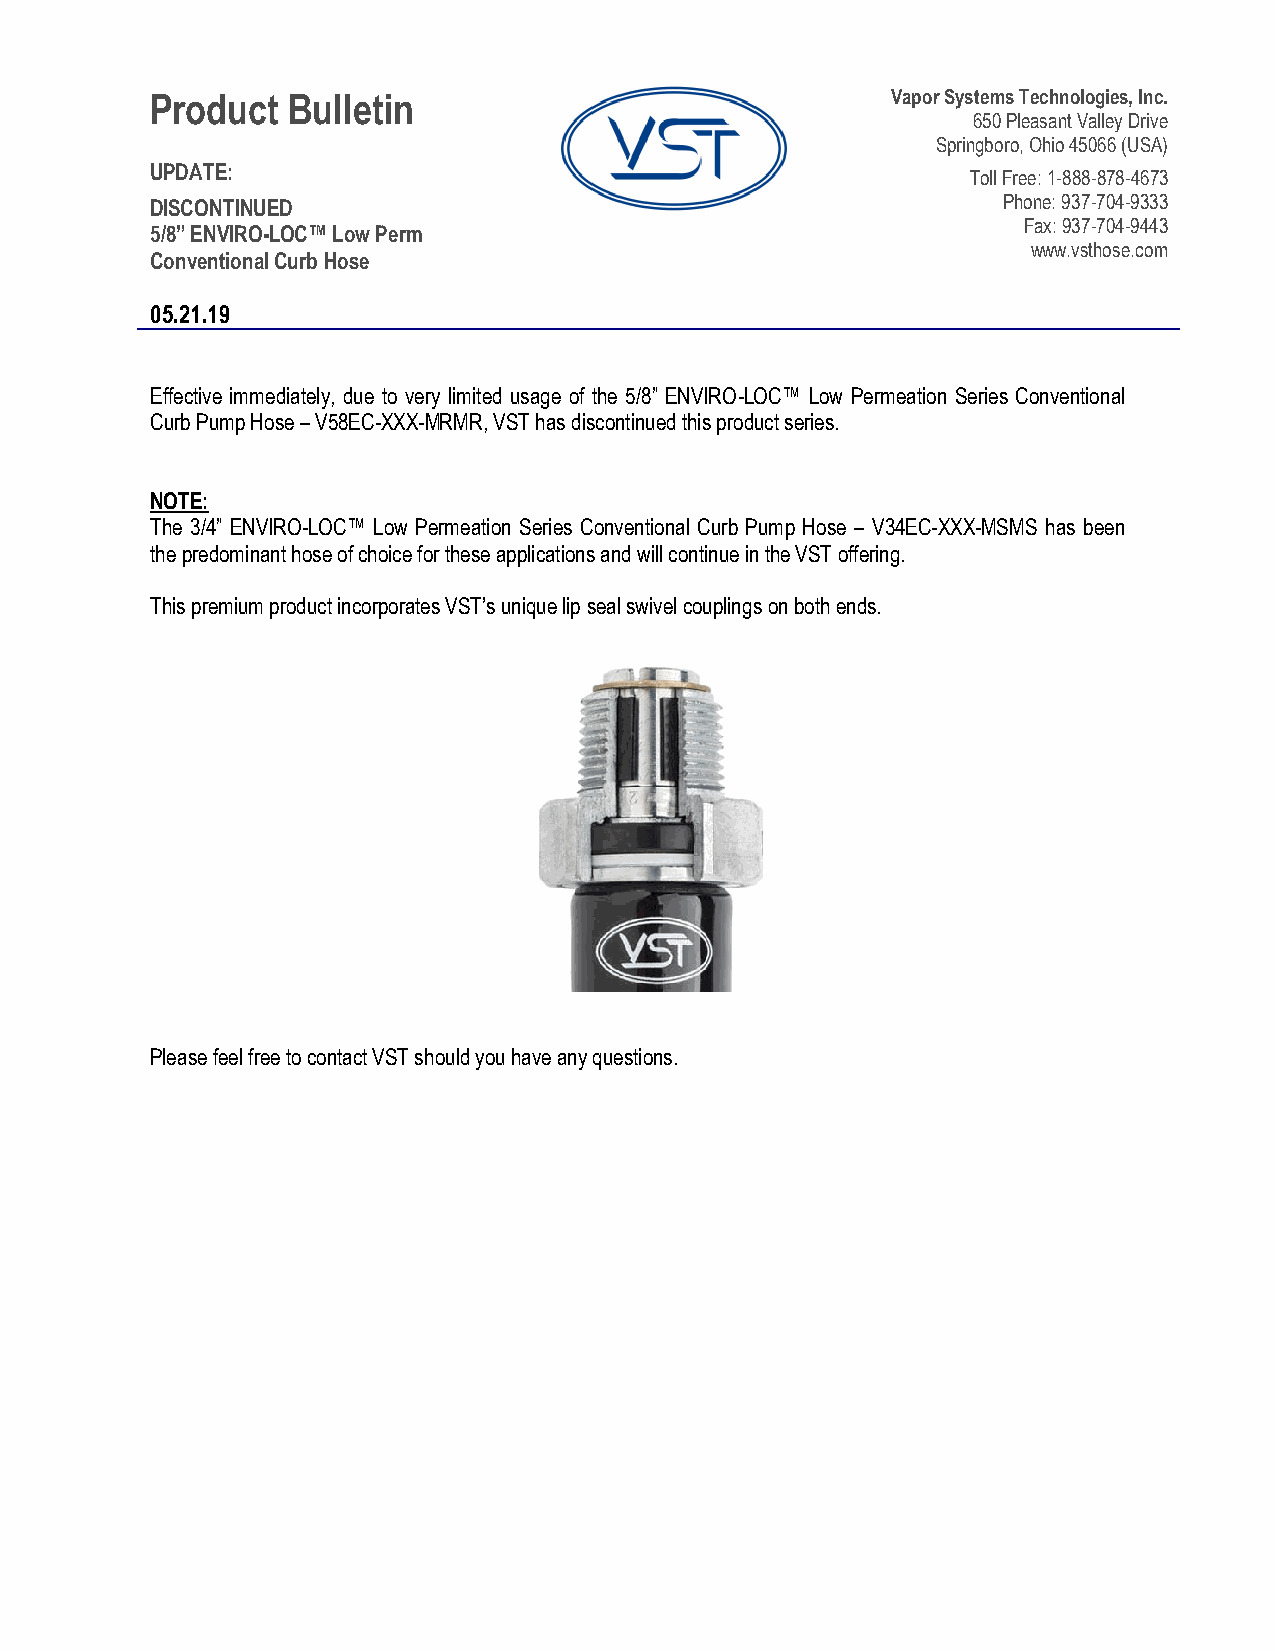
Product  Bulletin                                Vapor Systems Technologies, Inc.
 650 Pleasant Valley Drive
 Springboro, Ohio 45066 (USA)
 UPDATE:
 Toll Free: 1-888-878-4673
 DISCONTINUED                                            Phone: 937-704-9333
 Fax: 937-704-9443
 5/8” ENVIRO-LOC™ Low Perm
 www.vsthose.com
 Conventional Curb Hose
 05.21.19
 Effective immediately, due to very limited usage of the 5/8” ENVIRO-LOC™ Low Permeation Series Conventional
 Curb Pump Hose – V58EC-XXX-MRMR, VST has discontinued this product series.
 NOTE:
 The 3/4” ENVIRO-LOC™ Low Permeation Series Conventional Curb Pump Hose – V34EC-XXX-MSMS has been
 the predominant hose of choice for these applications and will continue in the VST offering.
 This premium product incorporates VST’s unique lip seal swivel couplings on both ends.
 Please feel free to contact VST should you have any questions.